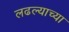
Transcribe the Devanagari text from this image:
लढल्याच्या